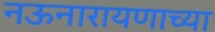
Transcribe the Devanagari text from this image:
नऊनारायणाच्या